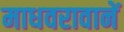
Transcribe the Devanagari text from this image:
माधवरावानें